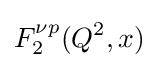
F_{2}^{\nu p}(Q^{2},x)